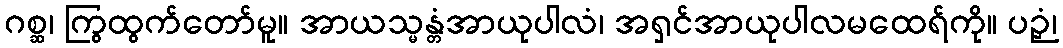
ဂစ္ဆ၊ ကြွထွက်တော်မူ။ အာယသ္မန္တံအာယုပါလံ၊ အရှင်အာယုပါလမထေရ်ကို။ ပဉှံ၊